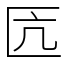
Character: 匟